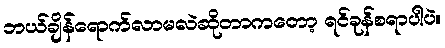
ဘယ်ချိန်ရောက်လာမလဲဆိုတာကတော့ ရင်ခုန်စရာပါပဲ။